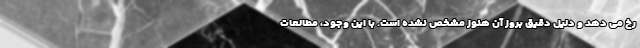
رخ می دهد و دلیل دقیق بروز آن هنوز مشخص نشده است. با این وجود، مطالعات